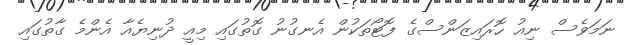
ނަމަވެސް ނިއު ހޮރައިޒަންސްގެ ފޮޓޯތަކުން އެނގުނު ގޮތުގައި މިއީ ދުނިޔެއާ އެންމެ ގާތުގައި